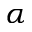
\alpha